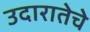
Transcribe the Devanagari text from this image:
उदारातेचे